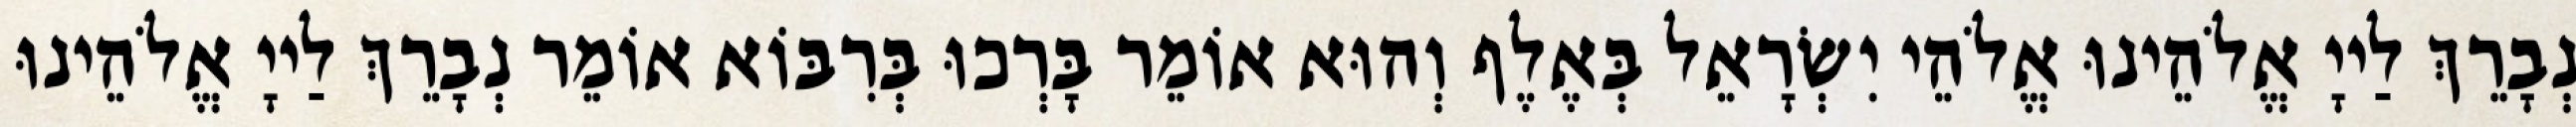
נְבָרֵךְ לַייָ אֱלֹהֵינוּ אֱלֹהֵי יִשְׂרָאֵל בְּאֶלֶף וְהוּא אוֹמֵר בָּרְכוּ בְּרִבּוֹא אוֹמֵר נְבָרֵךְ לַייָ אֱלֹהֵינוּ